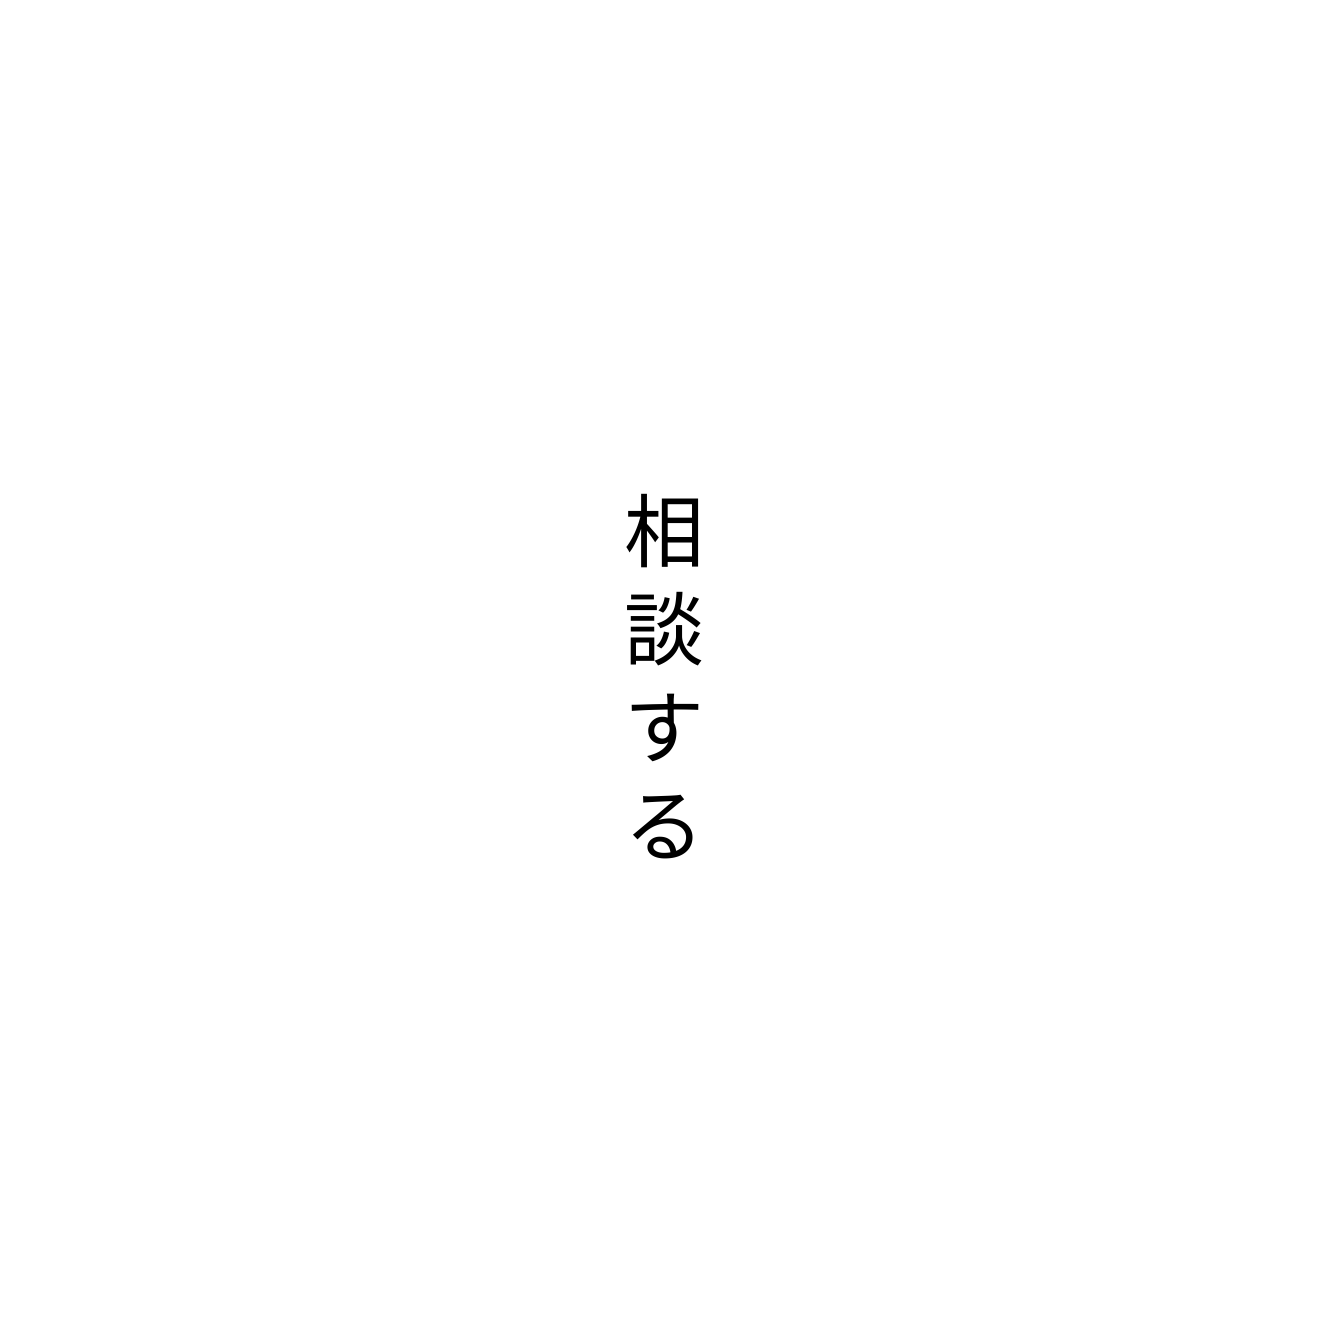
相談する